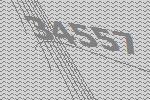
34557